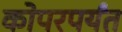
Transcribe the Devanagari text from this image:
कोपरपर्यंत